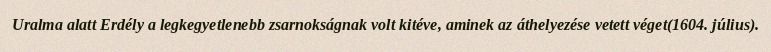
Uralma alatt Erdély a legkegyetlenebb zsarnokságnak volt kitéve, aminek az áthelyezése vetett véget(1604. július).